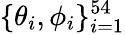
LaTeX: \{ \theta_{i},\phi_{i}\} _{i=1}^{54}